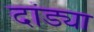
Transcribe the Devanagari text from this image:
दांड्या